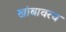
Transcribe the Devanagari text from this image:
खांबावरच